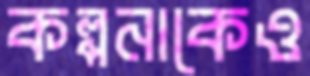
কল্পনাকেও